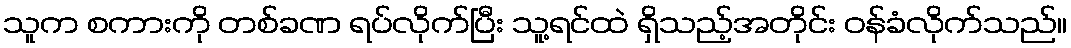
သူက စကားကို တစ်ခဏ ရပ်လိုက်ပြီး သူ့ရင်ထဲ ရှိသည့်အတိုင်း ဝန်ခံလိုက်သည်။